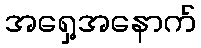
အရှေ့အနောက်